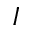
I